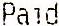
PAID